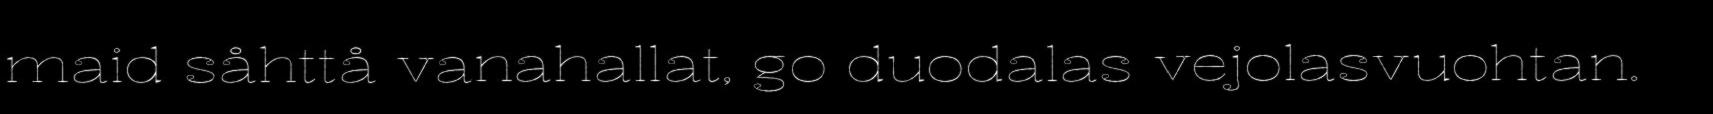
maid såhttå vanahallat, go duodalas vejolasvuohtan.